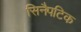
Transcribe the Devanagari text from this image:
सिनैपटिक